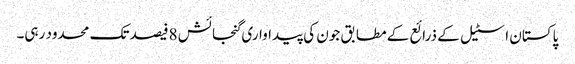
پاکستان اسٹیل کے ذرائع کے مطابق جون کی پیداواری گنجائش 8فیصد تک محدود رہی۔